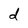
Character: d